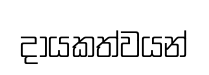
දායකත්වයන්